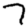
Digit: 7